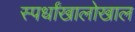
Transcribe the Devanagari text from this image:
स्पर्धांखालोखाल